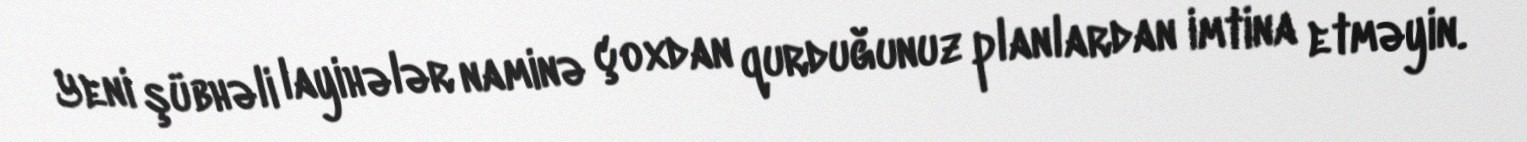
Yeni şübhəli layihələr naminə çoxdan qurduğunuz planlardan imtina etməyin.